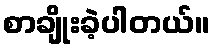
စာချိုးခဲ့ပါတယ်။